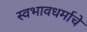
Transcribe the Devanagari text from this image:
स्वभावधर्माचे